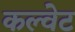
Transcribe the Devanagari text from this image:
कल्वेट